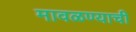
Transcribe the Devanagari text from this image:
मावळण्याची